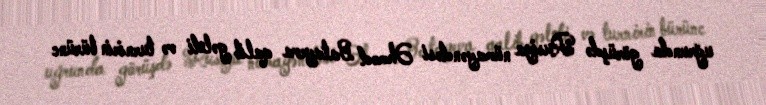
uğrunda görüşdə Rusiya nümayəndəsi Əhməd Batayeva qalib gəldi və turnirin bürünc